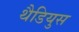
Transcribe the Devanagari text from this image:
थैडियुस